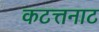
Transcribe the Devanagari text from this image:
कटत्तनाट